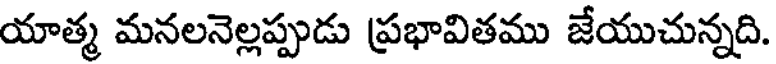
యాత్మ మనలనెల్లప్పుడు ప్రభావితము జేయుచున్నది.